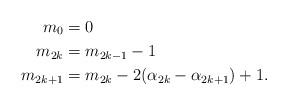
LaTeX: \begin{align*} m_{0}&=0 \\ m_{2k} &= m_{2k-1}-1 \\ m_{2k+1} &= m_{2k}-2(\alpha_{2k}-\alpha_{2k+1})+1. \end{align*}